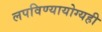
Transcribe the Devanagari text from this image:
लपविण्यायोग्यही